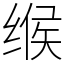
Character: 缑